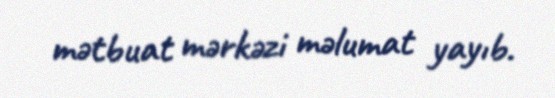
mətbuat mərkəzi məlumat yayıb.